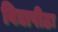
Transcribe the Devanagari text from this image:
विद्यापीठः